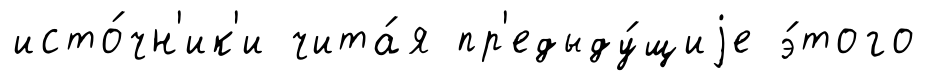
исто́чн'ик'и чита́я пр'едыду́щиjе э́того